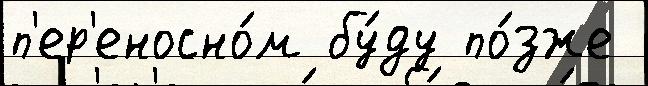
п'ер'еносно́м бу́ду по́зже